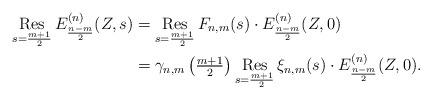
LaTeX: \begin{align*}\mathop{{\rm Res}}_{s=\frac{m+1}{2}}E_{\frac{n-m}{2}}^{(n)}(Z,s) &=\mathop{{\rm Res}}_{s=\frac{m+1}{2}}F_{n,m}(s)\cdot E_{\frac{n-m}{2}}^{(n)}(Z,0)\\ &= \gamma_{n,m}\left(\tfrac{m+1}{2}\right) \mathop{{\rm Res}}_{s=\frac{m+1}{2}}\xi_{n,m}(s)\cdot E_{\frac{n-m}{2}}^{(n)}(Z,0).\end{align*}